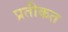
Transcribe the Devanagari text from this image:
प्रतीकत